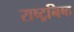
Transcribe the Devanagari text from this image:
राष्ट्रनिष्ठ